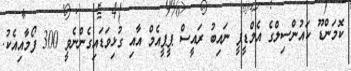
ކޮމަންޑޫ ކައުންސިލްގެ އެމްޑީޕީ ނައިބު ރައީސް ޕީޕީއެމް އާއި ގުޅިވަޑައިގެންނެވީ 300 ފޯމާއިއެކު.